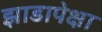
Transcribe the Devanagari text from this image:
झाडापेक्षा